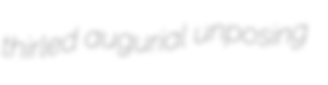
thirled augurial unposing